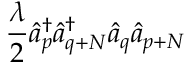
\frac { \lambda } { 2 } \hat { a } _ { p } ^ { \dagger } \hat { a } _ { q + N } ^ { \dagger } \hat { a } _ { q } \hat { a } _ { p + N }